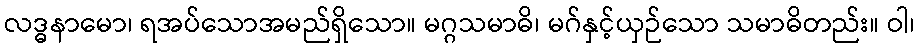
လဒ္ဓနာမော၊ ရအပ်သောအမည်ရှိသော။ မဂ္ဂသမာဓိ၊ မဂ်နှင့်ယှဉ်သော သမာဓိတည်း။ ဝါ၊